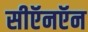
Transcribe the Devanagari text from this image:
सीऍनऍन